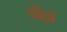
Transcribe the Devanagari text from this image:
पीड़ां